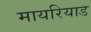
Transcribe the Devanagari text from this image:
मायरियाड